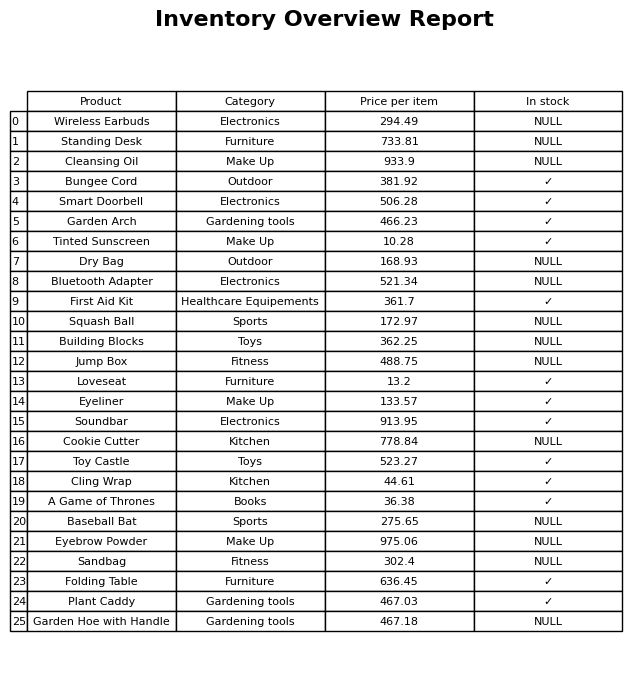
question: What is the price for Folding Table?
answer: The price of Folding Table is 636.45.